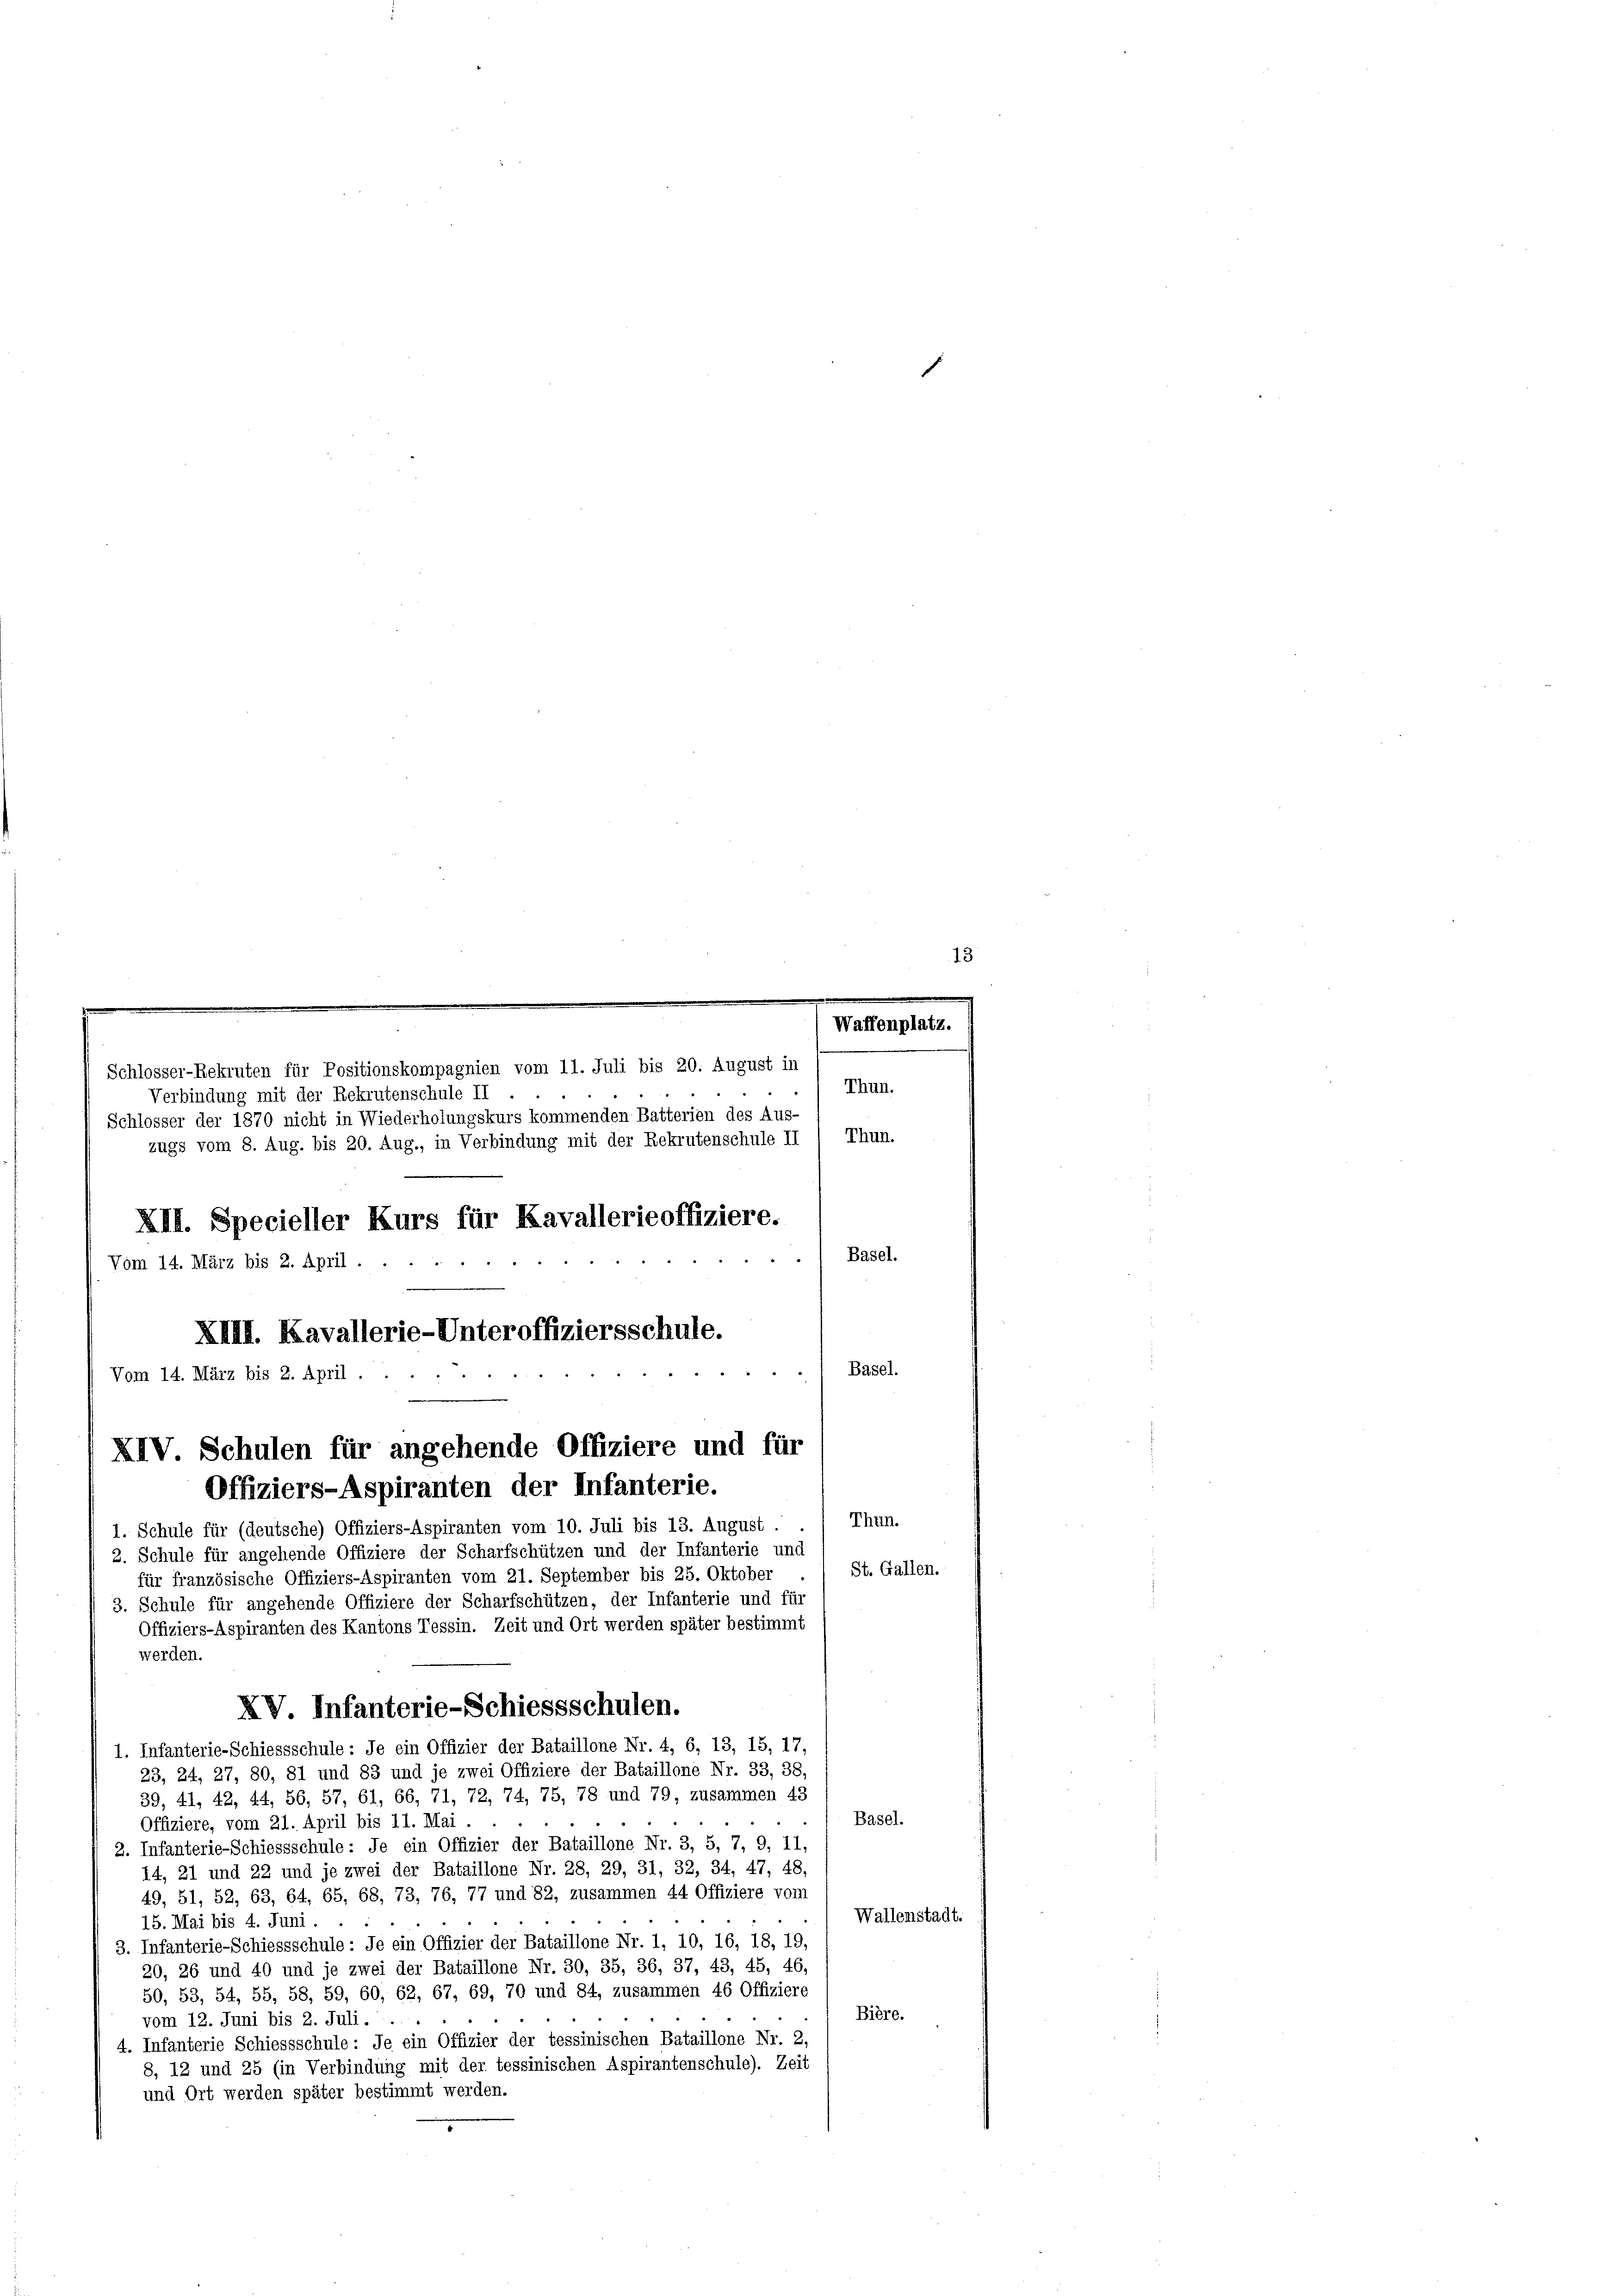
.
.
Waffenplatz.
Schlosser-Rekruten für Positionskompagnien vom 11. Juli bis 20. August in
Thun.
Verbindung mit der Rekrutenschule II
Schlosser der 1870 nicht in Wiederholungskurs kommenden Batterien des Aus-
Thun.
zugs vom 8. Aug. bis 20. Aug., in Verbindung mit der Rekrutenschule II
XII. Specieller Kurs für Kavallerieoffiziere.
Basel.
Vom 14. März bis 2. April.

Thun.
1. Schule für (deutsche) Offiziers-Aspiranten vom 10. Juli bis 13. August . .
2. Schule für angehende Offiziere der Scharfschützen und der Infanterie und
St. Gallen.
für französische Offiziers-Aspiranten vom 21. September bis 25. Oktober
3. Schule für angehende Offiziere der Scharfschützen, der Infanterie und für
Offiziers-Aspiranten des Kantons Tessin. Zeit und Ort werden später bestimmt
werden.
XV. Infanterie-Schiessschulen.
1. Infanterie-Schiessschule: Je ein Offizier der Bataillone Nr. 4, 6, 13, 15, 17,
23, 24, 27, 80, 81 und 83 und je zwei Offiziere der Bataillone Nr. 33, 38,
39, 41, 42, 44, 56, 57, 61, 66, 71, 72, 74, 75, 78 und 79, zusammen 43
Basel.
Offiziere, vom 21. April bis 11. Mai.
2. Infanterie-Schiessschule: Je ein Offizier der Bataillone Nr. 3, 5, 7, 9, 11,
14, 21 und 22 und je zwei der Bataillone Nr. 28, 29, 31, 32, 34, 47, 48.
49, 51, 52, 63, 64, 65, 68, 73, 76, 77 und 82, zusammen 44 Offiziere vom
Wallenstadt.
15. Mai bis 4. Juni.
3. Infanterie-Schiessschule: Je ein Offizier der Bataillone Nr. 1, 10, 16, 18, 19,
20, 26 und 40 und je zwei der Bataillone Nr. 30, 35, 36, 37, 43, 45, 46,
50, 53, 54, 55, 58, 59, 60, 62, 67, 69, 70 und 84, zusammen 46 Offiziere
Bière.
vom 12. Juni bis 2. Juli.
4. Infanterie Schiessschule: Je ein Offizier der tessinischen Bataillone Nr. 2,
8, 12 und 25 (in Verbindung mit der tessinischen Aspirantenschule). Zeit
und Ort werden später bestimmt werden.

XIII. Kavallerie-Unteroffiziersschule.
Basel.
Vom 14. März bis 2. April.
XIV. Schulen für angehende Offiziere und für
Offiziers-Aspiranten der Infanterie.

13